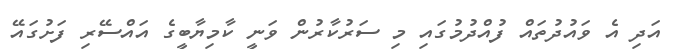
އަދި އެ ވައުދުތައް ފުއްދުމުގައި މި ސަރުކާރުން ވަނީ ކާމިޔާބީގެ އައްސޭރި ފަށުގައޭ